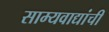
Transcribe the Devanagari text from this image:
साम्यवाद्यांची